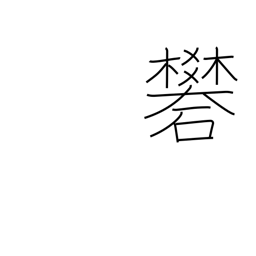
Meaning: alum